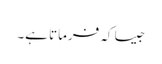
جیسا کہ فرماتا ہے۔